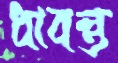
ধাবন্ত